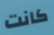
كانت